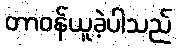
တာဝန်ယူခဲ့ပါသည်